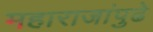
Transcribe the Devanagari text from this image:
महाराजांपुढे